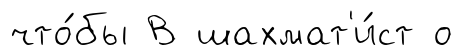
что́бы В шахмат'и́ст о